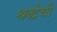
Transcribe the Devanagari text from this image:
श्रद्धेची